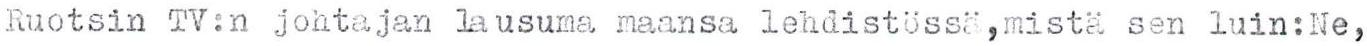
Ruotsin TV:n johtajan lausuma maansa lehdistössä,mistä sen luin:Ne,